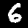
Digit: 6